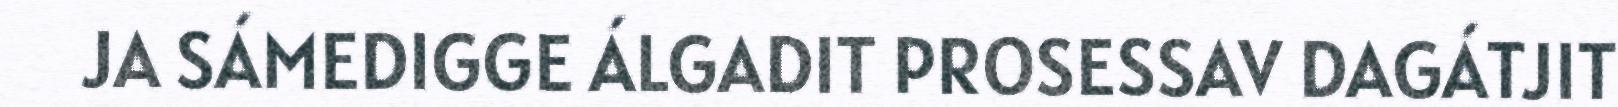
JA SÁMEDIGGE ÁLGADIT PROSESSAV DAGÁTJIT